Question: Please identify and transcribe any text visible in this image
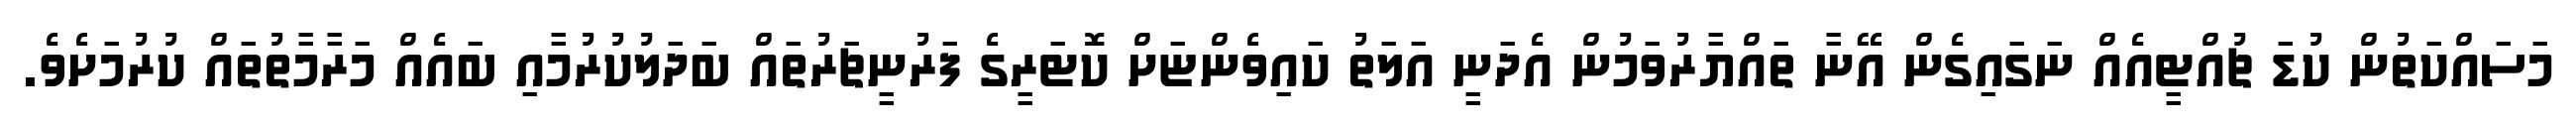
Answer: މަސައްކަތުން ކުޑަ ޗުއްޓީއެއް ނަގައިގެން އޭނާ ތައްޔާރުވަމުން އެދަނީ އަލަތު ކައިވެންޏަށް ކޮޓަރީގެ ފަރުނީޗަރުތައް ބަދަލުކުރުމާއި ބައެއް މަރާމާތުތައް ކުރުމަށެވެ.